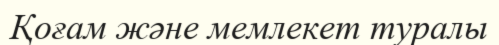
Қоғам және мемлекет туралы